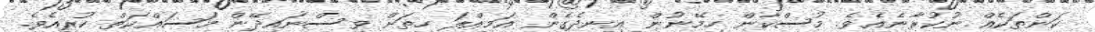
ކަންތަކެއް ނުކުރާނެއެވެ. މުސްކާން ހިމޭނުން އިނދެގެން އަމިއްލަ ހިތަށް ވިސްނައިދޭން މަސައްކަތް ކުރިއެވެ.